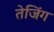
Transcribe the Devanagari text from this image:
तेजिंग